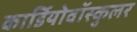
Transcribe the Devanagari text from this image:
कार्डियोवॉस्कुलर